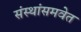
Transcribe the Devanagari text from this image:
संस्थांसमवेत